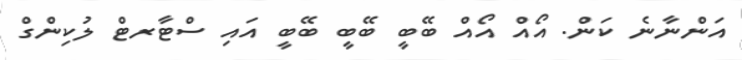
އަންނާނެ ކަން. އޯއް އޯއް ބޭބީ ބޭބީ ބޭބީ އައި ސްޓާރޓް ލުކިންގް